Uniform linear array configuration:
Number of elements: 64
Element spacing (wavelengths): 0.25
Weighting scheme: blackman
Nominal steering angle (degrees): -15
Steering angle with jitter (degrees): -15.549
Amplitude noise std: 0.05
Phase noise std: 0.05

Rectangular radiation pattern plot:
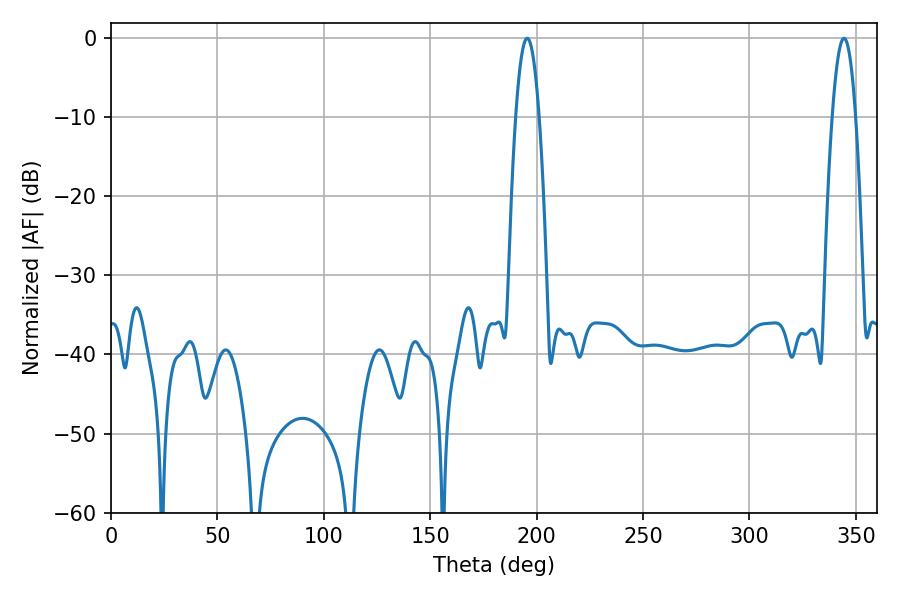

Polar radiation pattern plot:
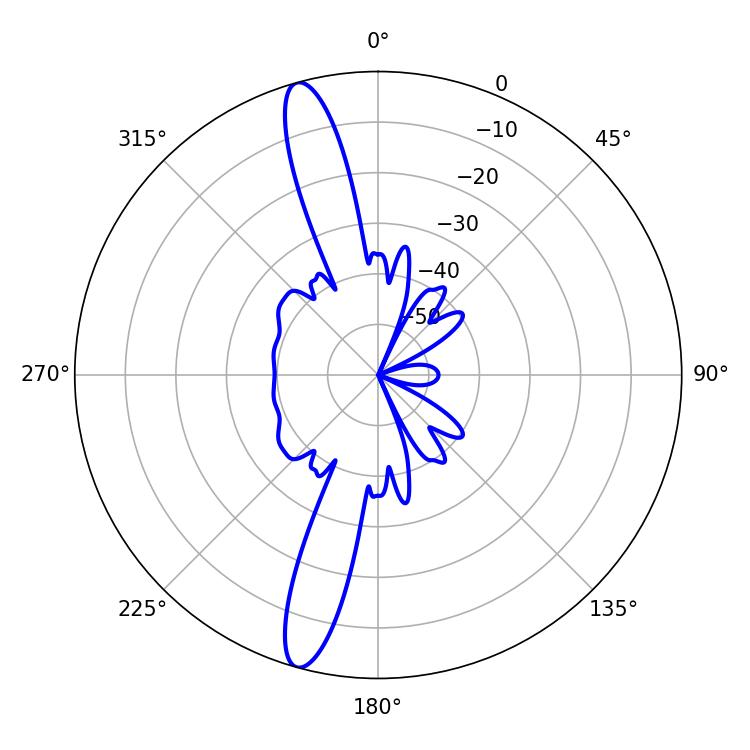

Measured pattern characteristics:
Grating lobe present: FALSE
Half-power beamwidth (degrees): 5.94
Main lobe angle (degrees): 344.52